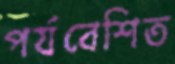
পর্যবেশিত